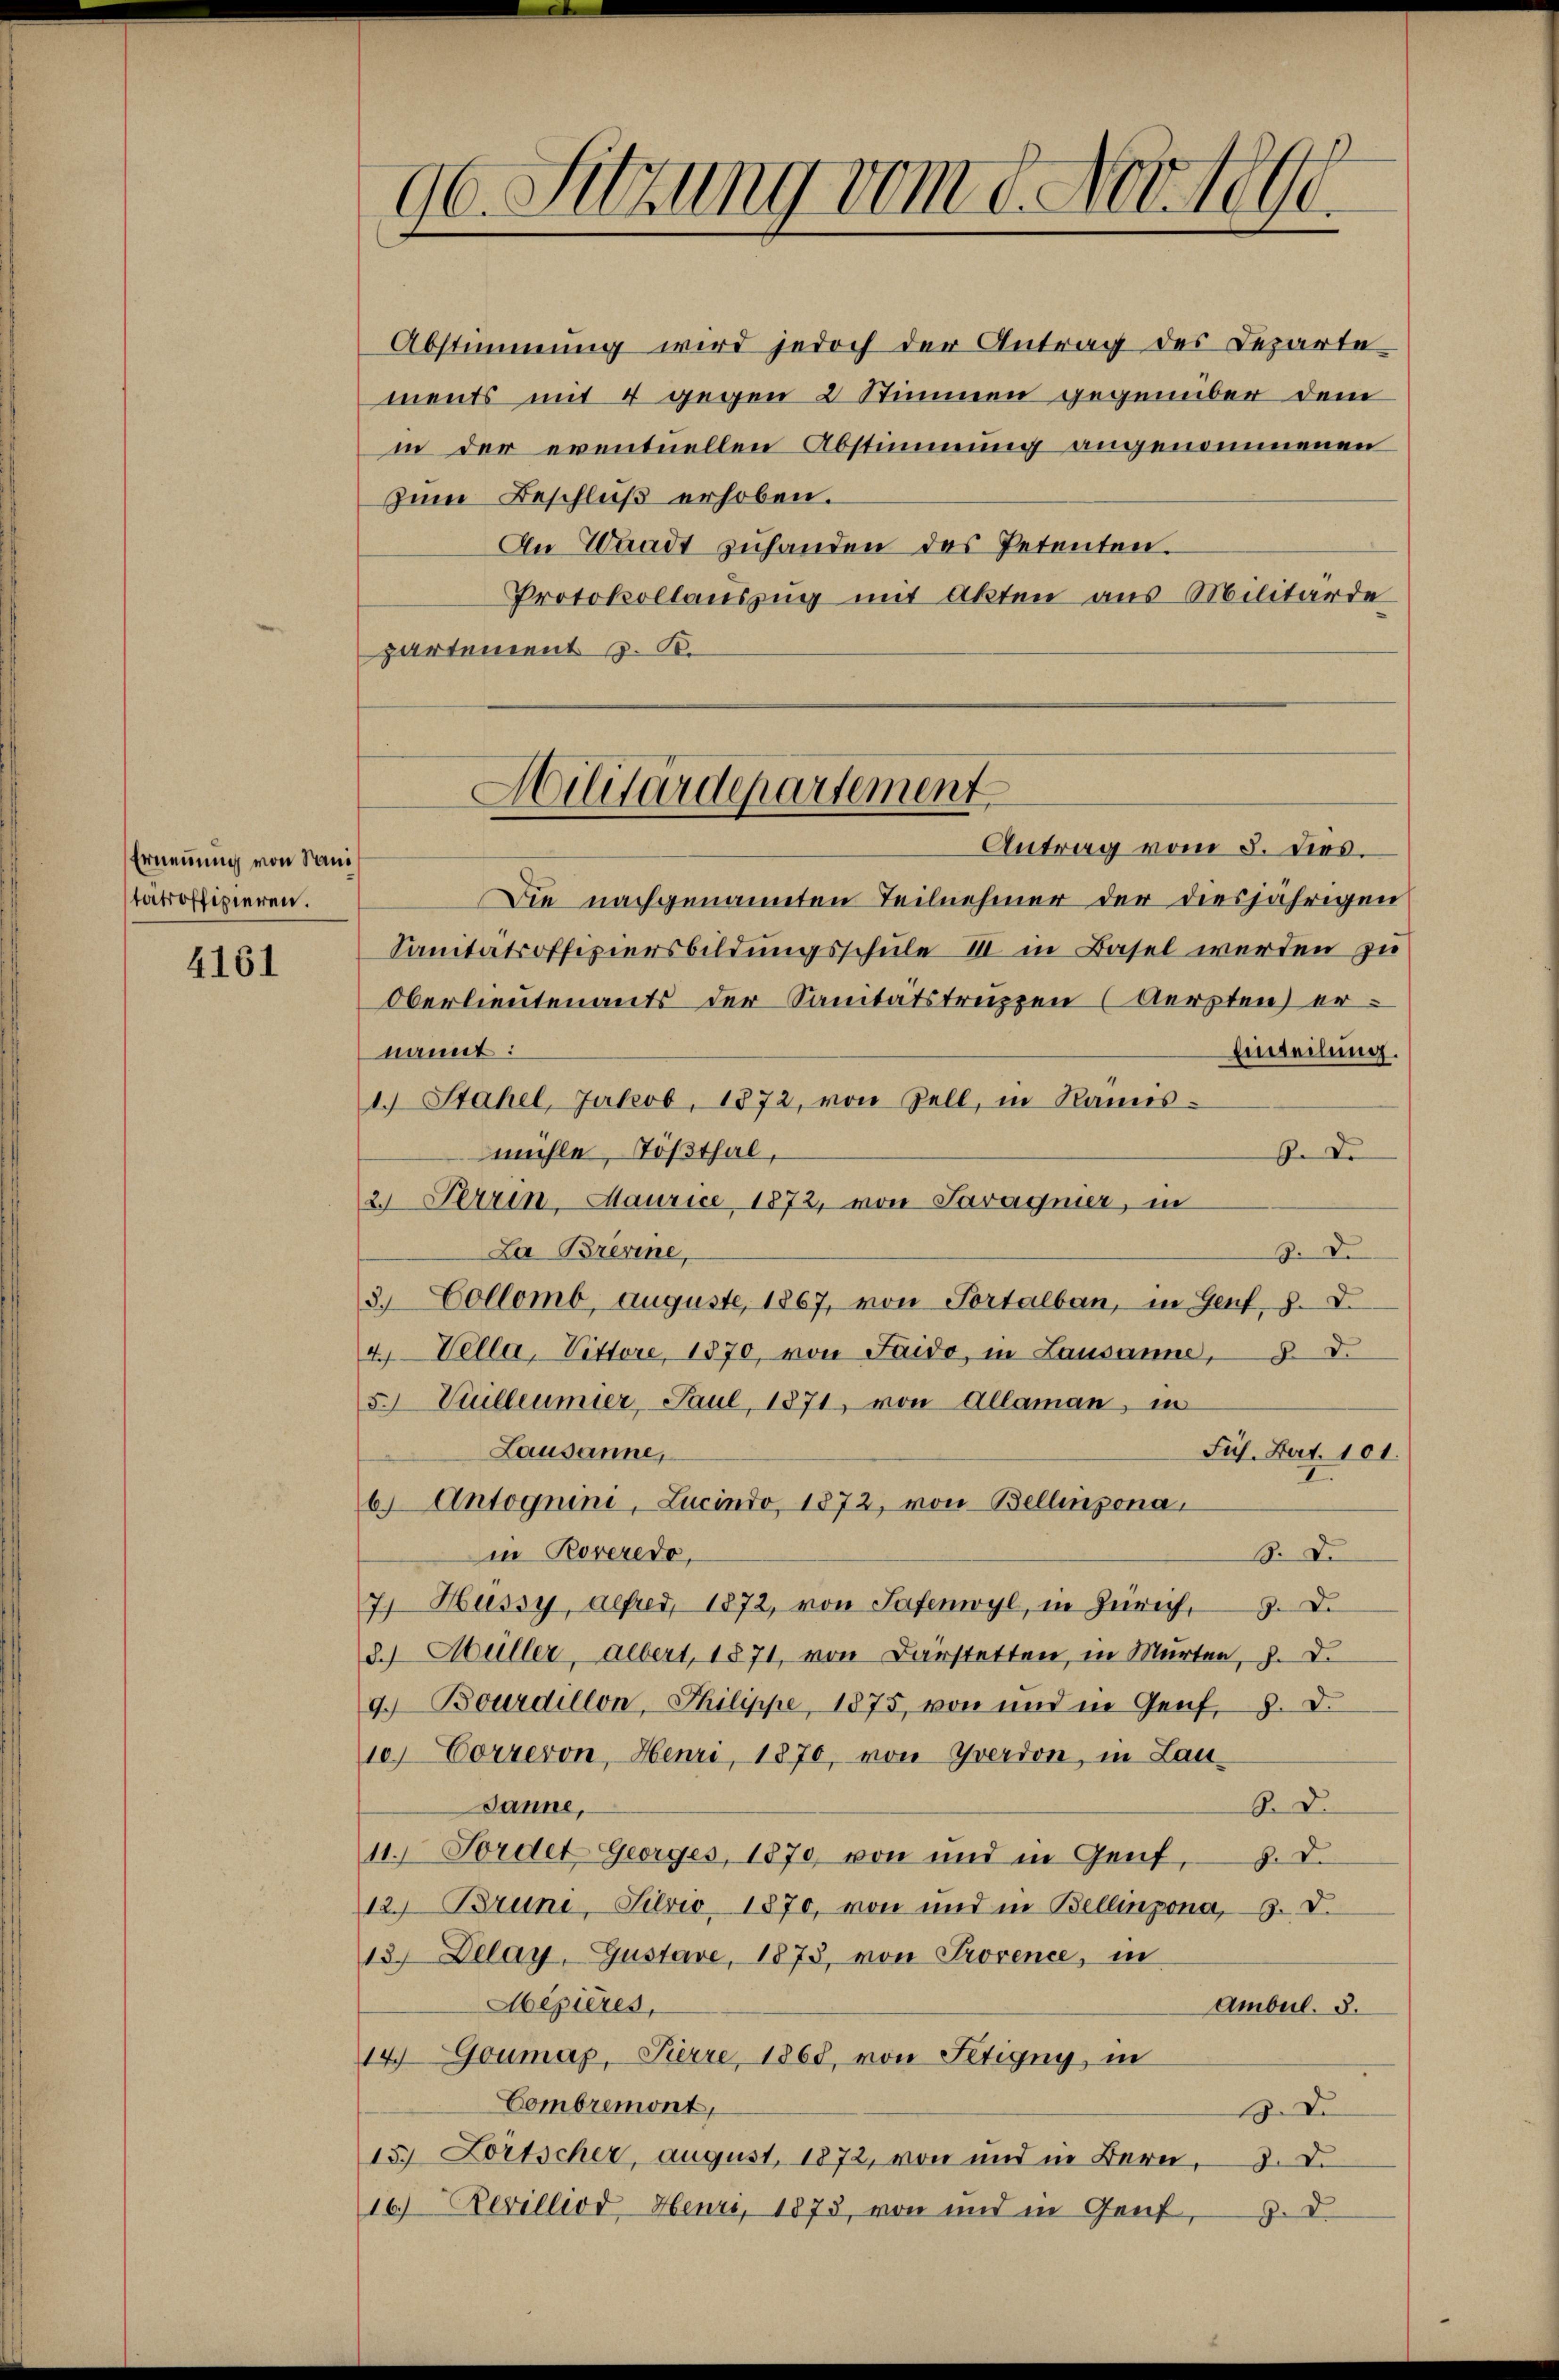
Ernennung von Sam
tatroffizieren.

4161

96. Sitzung vom 8. Nov. 1890.

Abstimmung wird jedoch der Antrag des Lezarte
ments mit 4 gegen 2 Stimmen gegenüber dem
in der eventuellen Abstimmung angenommenen
Zum Beschluß erhoben.
An Waadt zuhanden des Petenten.
Protokollauszug mit Akten aus Militärde
partement z. B.

Hilitärdepartement
Antrag vom 8. dies

Die nachgenannten Teilnehmer der diesjährigen
Sanitätsoffiziersbildungsschule III in Basel werden zu
Oberlieutenants der Sanitätstruppen (Aerpten) ernannt:
Einteilung.
1.) Stahel, Jakob, 1872, von Zell, in Namis-
mühle, Tößthal,
. Dr
2. Ferrin, Maurice, 1872, von Savagnier, in
La Bresine,
. D.
3. Collomb, auguste, 1867, von Portalban, in Genf, S. D.
4. Cella, Vittore 1870, von Saido, in Lausanne, d.
5. Cuilleumier, Paul, 1871, von Allaman, in
Lausanne,
Füh. Bart. 101.
6) Antognini, Lucindo, 1872, von Bellinzona
in Roveredo,
. D.
7) Hüssy, Alfred, 1872, von Safenwyl, in Zürich, D.
d.) Müller, Albert, 1871, von Darstetten, in Murten, d. d.
9.) Bourdillon, Philippe, 1875, von und in Genf, 9. d.
1e Correron, Heuri, 1870, von Yverdon, in Lau¬
Sanne,
S. D.
11. Fordet Georges, 1870, von und in Genf,
H. d.
12.) Brune, Silvio, 1870, von und in Bellinzona, 3. V.
13) Delay, Gustave, 1873, von Provence, in
Mepières,
Amberl. 3.
149 Goumaz, Perre, 1868, von Setigny, in
Combremont,
18. D
15. Lortscher, August 1872, von und in Bern, 3. d.
16) Revilliod Henri, 1873, von und in Genf, p. d.